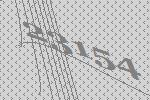
23154